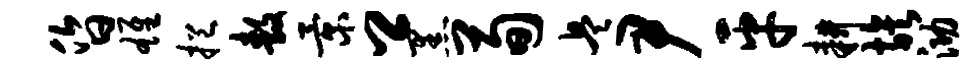
昏雄挹敖景卿黑荀兵尹平耕族泐